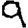
Digit: 9